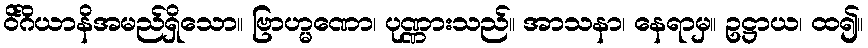
ဝိင်္ဂိယာနိအမည်ရှိသော။ ဗြာဟ္မဏော၊ ပုဏ္ဏားသည်။ အာသနာ၊ နေရာမှ။ ဥဋ္ဌာယ၊ ထ၍။